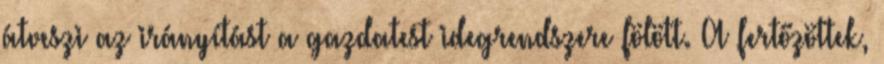
átveszi az irányítást a gazdatest idegrendszere fölött. A fertőzöttek,